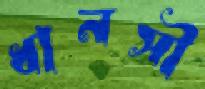
ধানসী